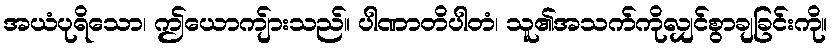
အယံပုရိသော၊ ဤယောကျ်ားသည်။ ပါဏာတိပါတံ၊ သူ၏အသက်ကိုလျှင်စွာချခြင်းကို။